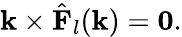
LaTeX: \mathbf{k}\times{\hat{\mathbf{F}}}_{l}(\mathbf{k})=\mathbf{0}.